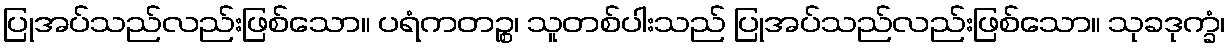
ပြုအပ်သည်လည်းဖြစ်သော။ ပရံကတဉ္စ၊ သူတစ်ပါးသည် ပြုအပ်သည်လည်းဖြစ်သော။ သုခဒုက္ခံ၊